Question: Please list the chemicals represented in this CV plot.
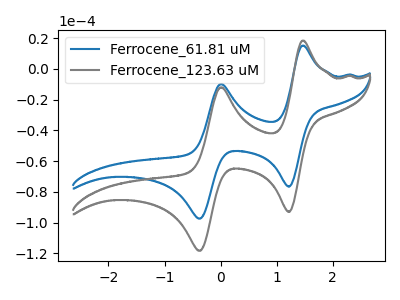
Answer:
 <answer>The blue curve is labeled "Ferrocene_61.81 uM". The gray curve is labeled "Ferrocene_123.63 uM".</answer>
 <eval></eval>